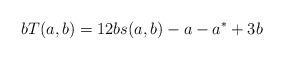
LaTeX: \begin{align*}bT(a,b)=12bs(a,b)-a-a^*+3b\end{align*}